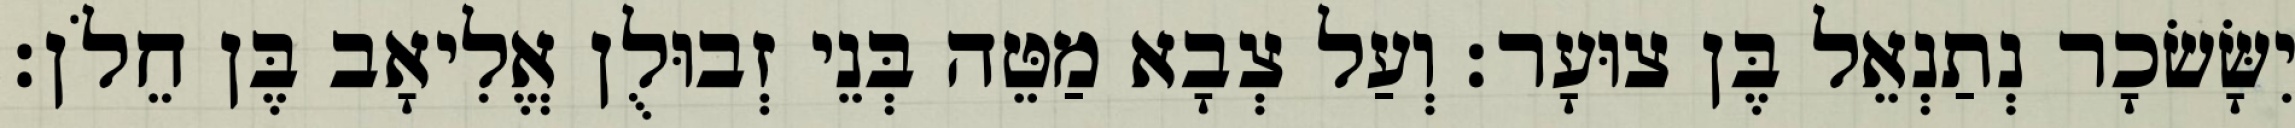
יִשָּׂשׂכָר נְתַנְאֵל בֶּן צוּעָר׃ וְעַל צְבָא מַטֵּה בְּנֵי זְבוּלֻן אֱלִיאָב בֶּן חֵלֹן׃